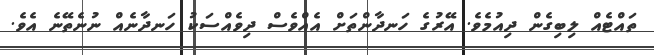
ތައްޓެއް ލިބިގެން ދިއުމެވެ. އޭރުގެ ހަނދާންތަށް އެއްވެސް ދިވެއްސަކު ހަނދާނެއް ނުނެތޭނެ އެވެ.